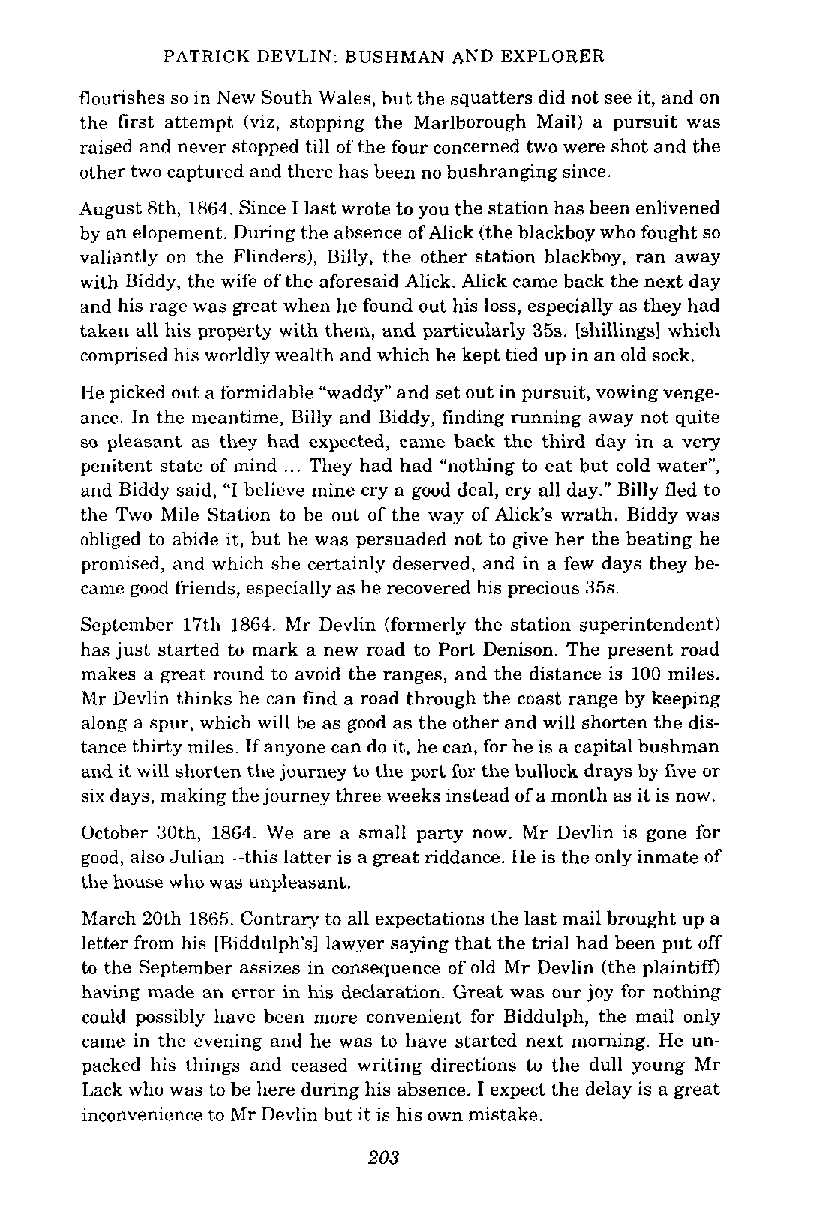
PATRICK DEVLIN: BUSHMAN AND EXPLORER
 flourishes so in New South Wales, but the squatters did not see it, and on
 the first attempt (viz, stopping the Marlborough Mail) a pursuit was
 raised and never stopped till of the four concerned two were shot and the
 other two captured and there has been no bushranging since.
 August 8th, 1864. Since I last wrote to you the station has been enlivened
 by an elopement. During the absence of Alick (the blackboy who fought so
 valiantly on the Flinders), Billy, the other station blackboy, ran away
 with Biddy, the wife of the aforesaid Alick. Alick came back the next day
 and his rage was great when he found out his loss, especially as they had
 taken all his property with them, and particularly 35s. [shillings] which
 comprised his worldly wealth and which he kept tied up in an old sock.
 He picked out a formidable "waddy" and set out in pursuit, vowing venge-
 ance. In the meantime, Billy and Biddy, finding running away not quite
 so pleasant as they had expected, came hack the third day in a very
 penitent state of mind ... They had had "nothing to eat but cold water",
 and Biddy said, "I believe mine cry a good deal, cry all day." Billy fled to
 the Two Mile Station to be out of the way of Alick's wrath. Biddy was
 obliged to abide it, hut he was persuaded not to give her the beating he
 pronlised, and which she certainly deserved, and in a few days they be-
 came good friends, especially as he recovered his precious 35s.
 September 17th 1864. Mr Devlin (formerly the station superintendent)
 has just started to mark a new road to Port Denison. The present road
 makes a great round to avoid the ranges, and the distance is 100 miles.
 Mr Devlin thinks he can find a road through the coast range by keeping
 along a spur, which will be as good as the other and will shorten the dis-
 tance thirty miles. If anyone can do it, he can, for he is a capital bushman
 and it will shorten the journey to the port for the bullock drays by five or
 six days, making the journey three weeks instead of a month as it is now.
 October 30th, 1864. We are a small party now. Mr Devlin is gone for
 good, also Julian-this latter is a great riddance. He is the only inmate of
 the house who was unpleasant.
 March 20th 1865. Contrary to all expectations the last mail brought up a
 letter from his [Biddulph'sl lawyer saying that the trial had been put off
 to the September assizes in consequence of old Mr Devlin (the plaintiff)
 having made an error in his declaration. Great was our joy for nothing
 could possibly have been more convenient for Biddulph, the mail only
 came in the evening and he was to have started next morning. He un-
 packed his things and ceased writing directions to the dull young Mr
 Lack who was to be here during his absence. I expect the delay is a great
 inconvenience to Mr Devlin but it is his own mistake.